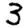
Digit: 3